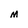
Character: M